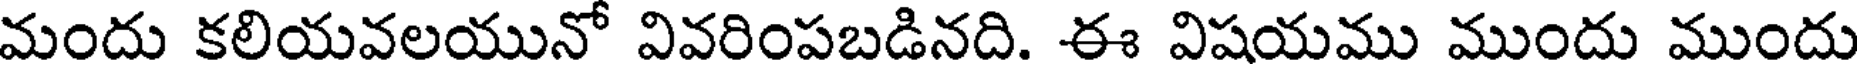
మందు కలియవలయునో వివరింపబడినది. ఈ విషయము ముందు ముందు